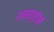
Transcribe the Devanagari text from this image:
शास्त्रोमें